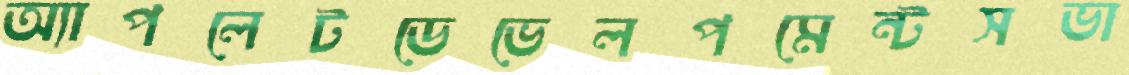
অ্যাপলেটডেভেলপমেন্টসভা